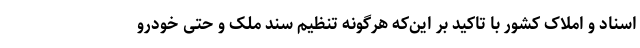
اسناد و املاک کشور با تاکید بر این‌که هرگونه تنظیم سند ملک و حتی خودرو